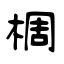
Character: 椆